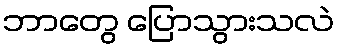
ဘာတွေ ပြောသွားသလဲ